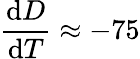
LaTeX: \frac{\mathrm{d}D}{\mathrm{d}T}\approx-75